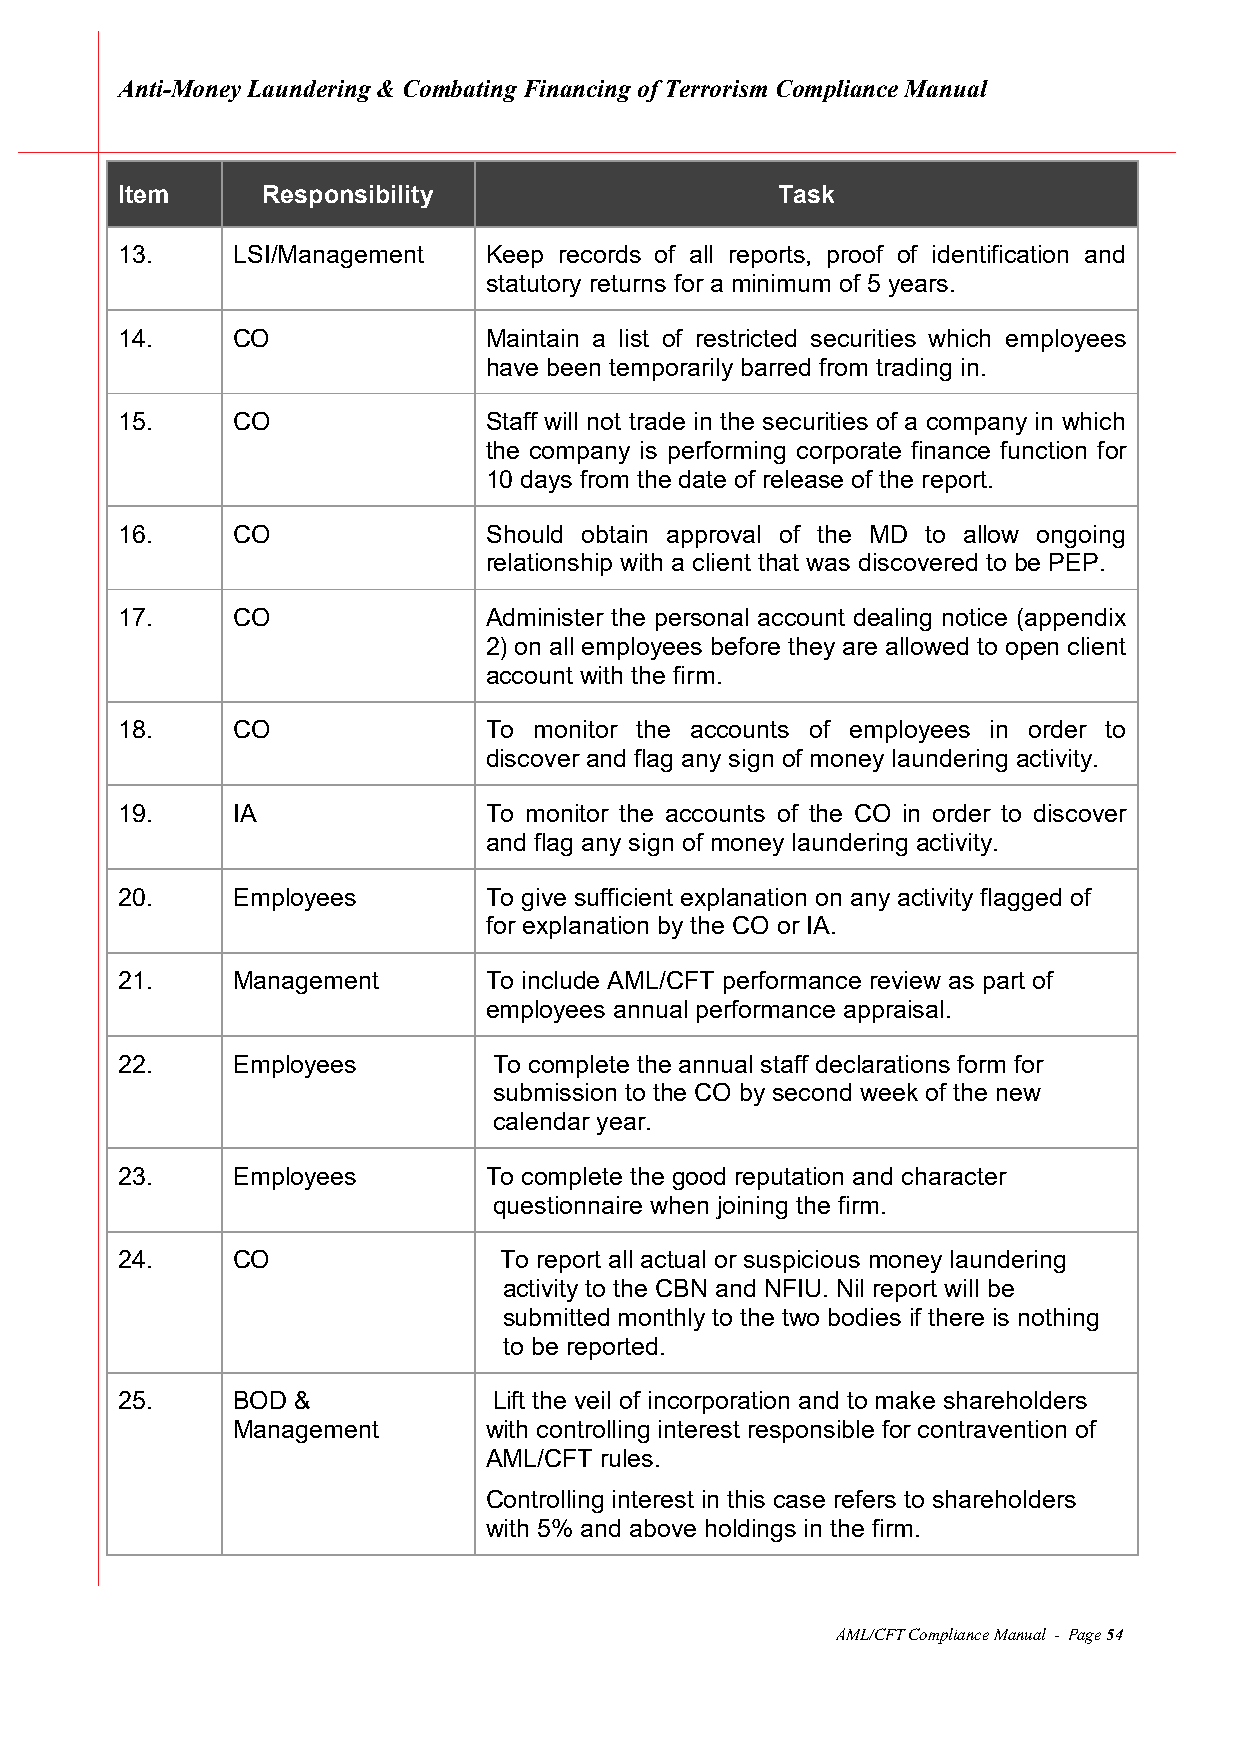
Anti-Money Laundering & Combating Financing of Terrorism Compliance Manual
 Item     Responsibility                    Task
 13.    LSI/Management   Keep records of all reports, proof of identification and
 statutory returns for a minimum of 5 years.
 14.    CO               Maintain a list of restricted securities which employees
 have been temporarily barred from trading in.
 15.    CO               Staff will not trade in the securities of a company in which
 the company is performing corporate finance function for
 10 days from the date of release of the report.
 16.    CO               Should obtain approval of the MD to allow ongoing
 relationship with a client that was discovered to be PEP.
 17.    CO               Administer the personal account dealing notice (appendix
 2) on all employees before they are allowed to open client
 account with the firm.
 18.    CO               To monitor the accounts of employees in order to
 discover and flag any sign of money laundering activity.
 19.    IA               To monitor the accounts of the CO in order to discover
 and flag any sign of money laundering activity.
 20.    Employees        To give sufficient explanation on any activity flagged of
 for explanation by the CO or IA.
 21.    Management       To include AML/CFT performance review as part of
 employees annual performance appraisal.
 22.    Employees         To complete the annual staff declarations form for
 submission to the CO by second week of the new
 calendar year.
 23.    Employees        To complete the good reputation and character
 questionnaire when joining the firm.
 24.    CO                To report all actual or suspicious money laundering
 activity to the CBN and NFIU. Nil report will be
 submitted monthly to the two bodies if there is nothing
 to be reported.
 25.    BOD &             Lift the veil of incorporation and to make shareholders
 Management       with controlling interest responsible for contravention of
 AML/CFT rules.
 Controlling interest in this case refers to shareholders
 with 5% and above holdings in the firm.
 AML/CFT Compliance Manual - Page 54